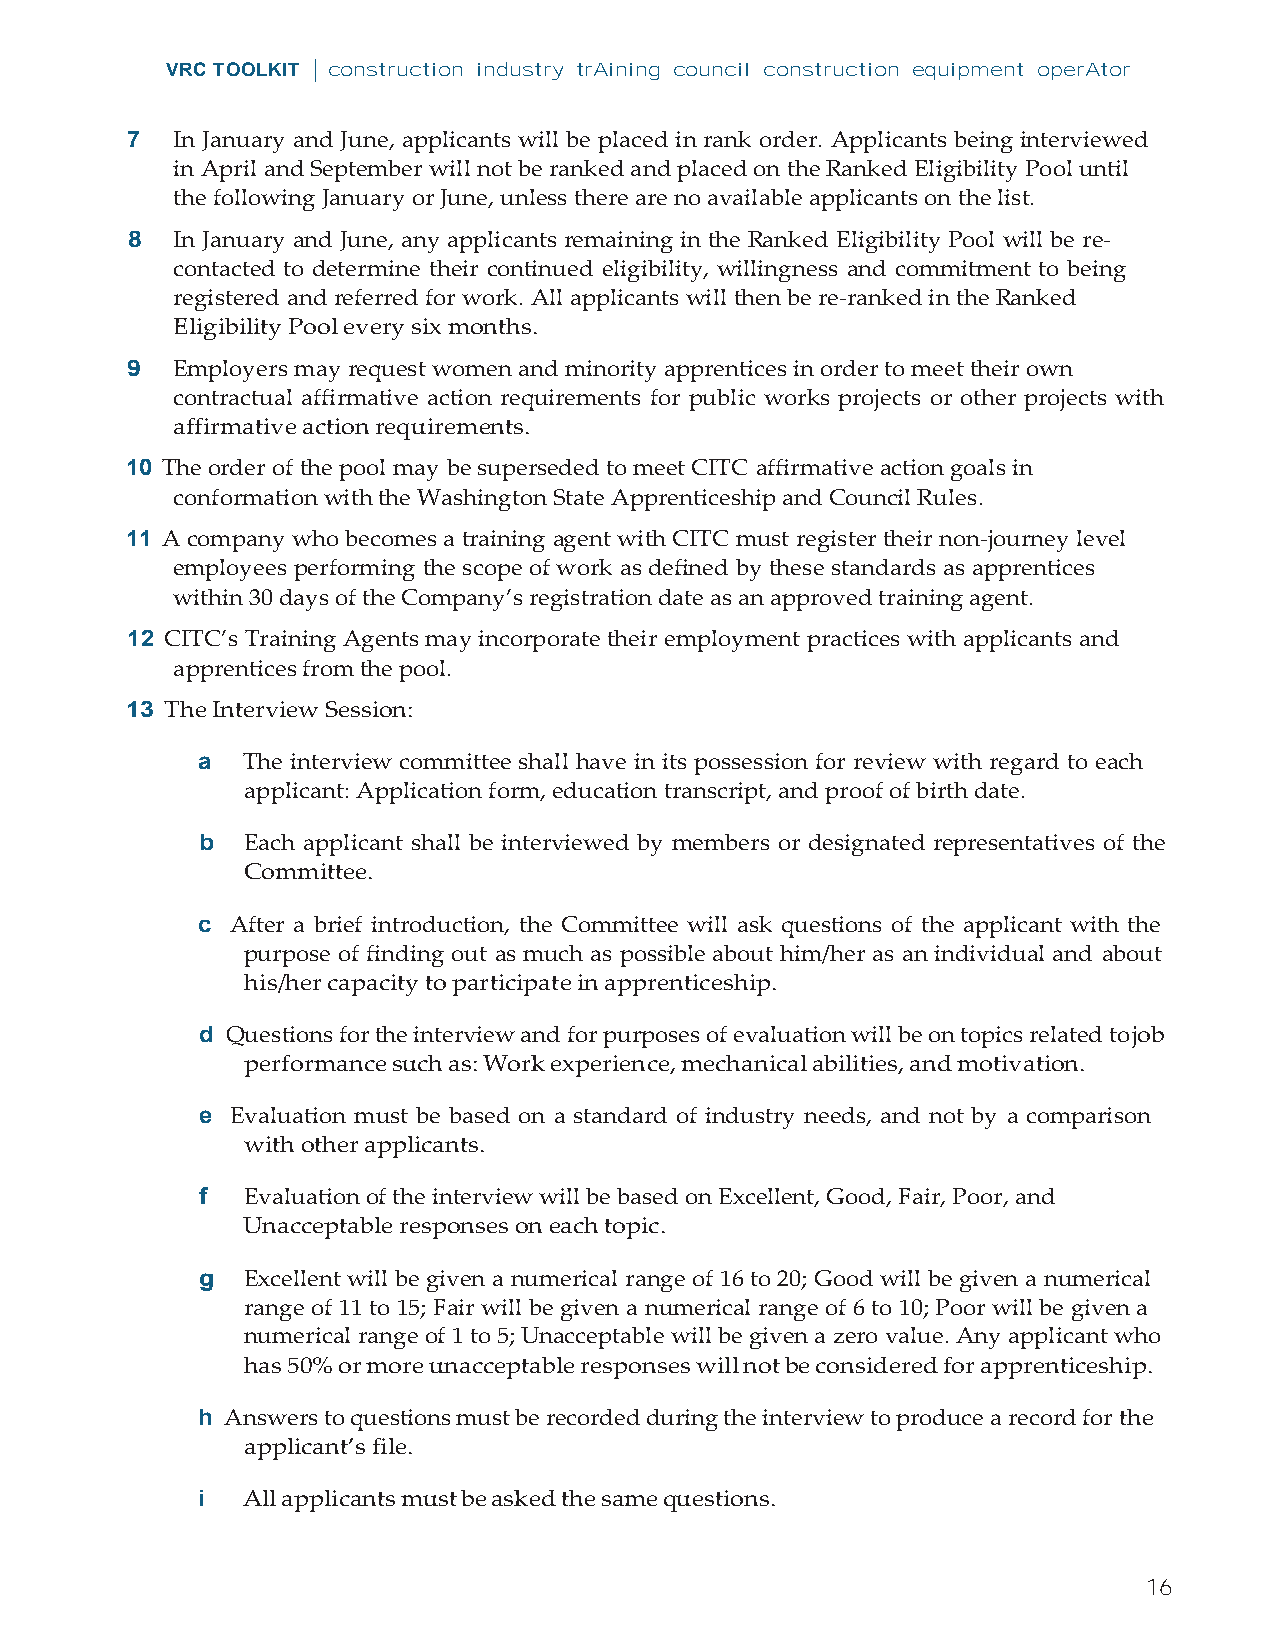
VRC TOOLKIT | construction industry trAining council construction equipment operAtor
 7  In January and June, applicants will be placed in rank order. Applicants being interviewed
 in April and September will not be ranked and placed on the Ranked Eligibility Pool until
 the following January or June, unless there are no available applicants on the list.
 8  In January and June, any applicants remaining in the Ranked Eligibility Pool will be re-
 contacted to determine their continued eligibility, willingness and commitment to being
 registered and referred for work. All applicants will then be re-ranked in the Ranked
 Eligibility Pool every six months.
 9  Employers may request women and minority apprentices in order to meet their own
 contractual affirmative action requirements for public works projects or other projects with
 affirmative action requirements.
 10 The order of the pool may be superseded to meet CITC affirmative action goals in
 conformation with the Washington State Apprenticeship and Council Rules.
 11 A company who becomes a training agent with CITC must register their non-journey level
 employees performing the scope of work as defined by these standards as apprentices
 within 30 days of the Company’s registration date as an approved training agent.
 12 CITC’s Training Agents may incorporate their employment practices with applicants and
 apprentices from the pool.
 13 The Interview Session:
 a  The interview committee shall have in its possession for review with regard to each
 applicant: Application form, education transcript, and proof of birth date.
 b  Each applicant shall be interviewed by members or designated representatives of the
 Committee.
 c After a brief introduction, the Committee will ask questions of the applicant with the
 purpose of finding out as much as possible about him/her as an individual and about
 his/her capacity to participate in apprenticeship.
 d Questions for the interview and for purposes of evaluation will be on topics related to job
 performance such as: Work experience, mechanical abilities, and motivation.
 e Evaluation must be based on a standard of industry needs, and not by a comparison
 with other applicants.
 f  Evaluation of the interview will be based on Excellent, Good, Fair, Poor, and
 Unacceptable responses on each topic.
 g  Excellent will be given a numerical range of 16 to 20; Good will be given a numerical
 range of 11 to 15; Fair will be given a numerical range of 6 to 10; Poor will be given a
 numerical range of 1 to 5; Unacceptable will be given a zero value. Any applicant who
 has 50% or more unacceptable responses will not be considered for apprenticeship.
 h Answers to questions must be recorded during the interview to produce a record for the
 applicant’s file.
 i  All applicants must be asked the same questions.
 16